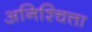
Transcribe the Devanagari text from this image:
अनिश्चित्ता